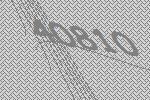
40810